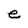
Character: e